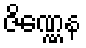
ဇိဏ္ဏေန